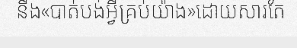
នឹង«បាត់បង់អ្វីគ្រប់យ៉ាង»ដោយសារតែ